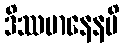
ဒိဿမာနေနပိ